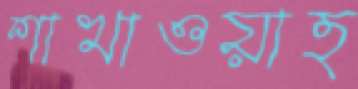
শাখাওয়াত্